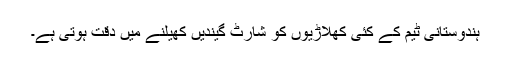
ہندوستانی ٹیم کے کئی کھلاڑیوں کو شارٹ گیندیں کھیلنے میں دقت ہوتی ہے۔